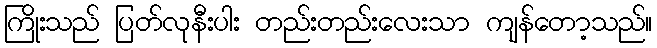
ကြိုးသည် ပြတ်လုနီးပါး တည်းတည်းလေးသာ ကျန်တော့သည်။